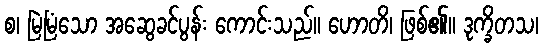
စ၊ မြဲမြံသော အဆွေခင်ပွန်း ကောင်းသည်။ ဟောတိ၊ ဖြစ်၏။ ဒုက္ခိတသ၊